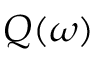
Q ( \omega )